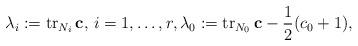
LaTeX: \begin{align*}\lambda_i:=\operatorname{tr}_{N_i}{\bf c},\, i=1,\ldots,r, \lambda_0:=\operatorname{tr}_{N_0}{\bf c}-\frac{1}{2}(c_0+1),\end{align*}